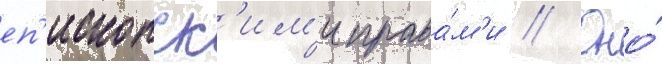
еп'ископск'им'и права́м'и // Оно́